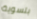
بتسوية